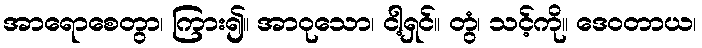
အာရောစေတွာ၊ ကြား၍။ အာဝုသော၊ ငါ့ရှင်။ တွံ၊ သင့်ကို။ ဒေဝတာယ၊